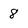
Character: 8